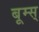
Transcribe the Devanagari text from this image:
बूम्स्